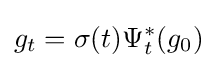
g_{t}=\sigma (t)\Psi _{t}^{\ast }(g_{0})